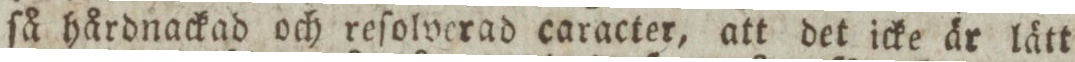
ſå hårdnackad och reſolverad caracter, att det icke är lätt